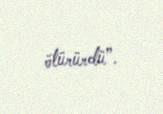
ötürürdü”.